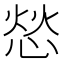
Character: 𫺞